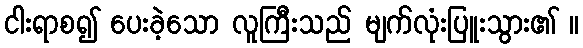
ငါးရာစ၍ ပေးခဲ့သော လူကြီးသည် မျက်လုံးပြူးသွား၏ ။